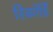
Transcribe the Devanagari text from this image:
रिकॉर्डिं